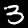
Label: 3